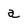
Character: a